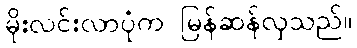
မိုးလင်းလာပုံက မြန်ဆန်လှသည်။